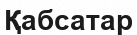
Қабсатар